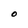
Character: O